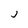
Character: j